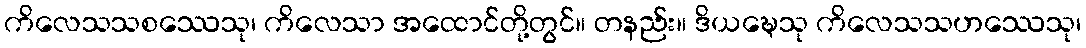
ကိလေသသစဿေသု၊ ကိလေသာ အထောင်တို့တွင်။ တနည်း။ ဒိယဍ္ဎေသု ကိလေသသဟဿေသု၊